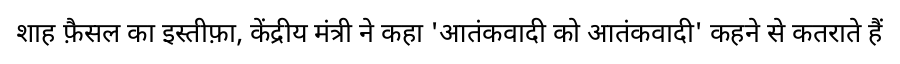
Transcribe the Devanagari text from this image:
शाह फ़ैसल का इस्तीफ़ा, केंद्रीय मंत्री ने कहा 'आतंकवादी को आतंकवादी' कहने से कतराते हैं